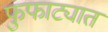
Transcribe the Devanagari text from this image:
फुफाट्यात